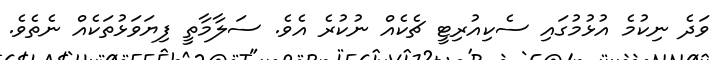
ވަދެ ނިކުމެ އުޅުމުގައި ސެކިއުރިޓީ ޗެކެއް ނުކުރެ އެވެ. ސަލާމާތީ ފިޔަވަޅުތަކެއް ނެތެވެ.